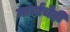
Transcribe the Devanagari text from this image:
मार्गांचेही